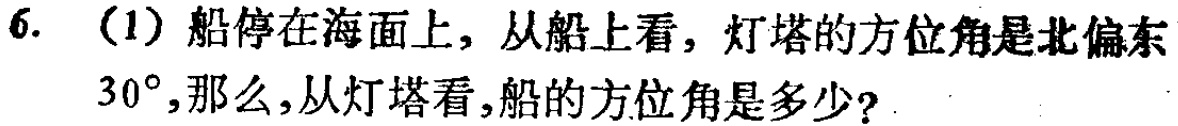
6. （1）船停在海面上，从船上看，灯塔的方位角是北偏东$30^{\circ}$，那么，从灯塔看，船的方位角是多少？